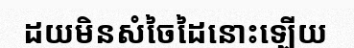
ដយមិនសំចៃដៃនោះឡើយ